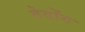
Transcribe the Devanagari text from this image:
तेदोंग